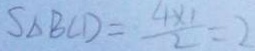
S _ { \Delta } B C D = \frac { 4 \times 1 } { 2 } = 2